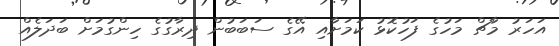
އަހަރު މާޗް މަހުގެ ފަހުކޮޅު ކަމަށާއި އޭގެ ސަބަބުން ދިރާގުގެ ހިންގުމަށް ބަދަލެއް